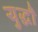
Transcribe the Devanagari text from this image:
युद्धौं